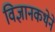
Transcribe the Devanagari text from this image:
विज्ञानकथेने